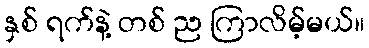
နှစ် ရက်နဲ့ တစ် ည ကြာလိမ့်မယ်။